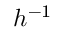
{ h ^ { - 1 } }